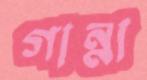
গান্না